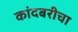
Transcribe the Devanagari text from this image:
कांदबरीचा